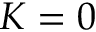
K = 0